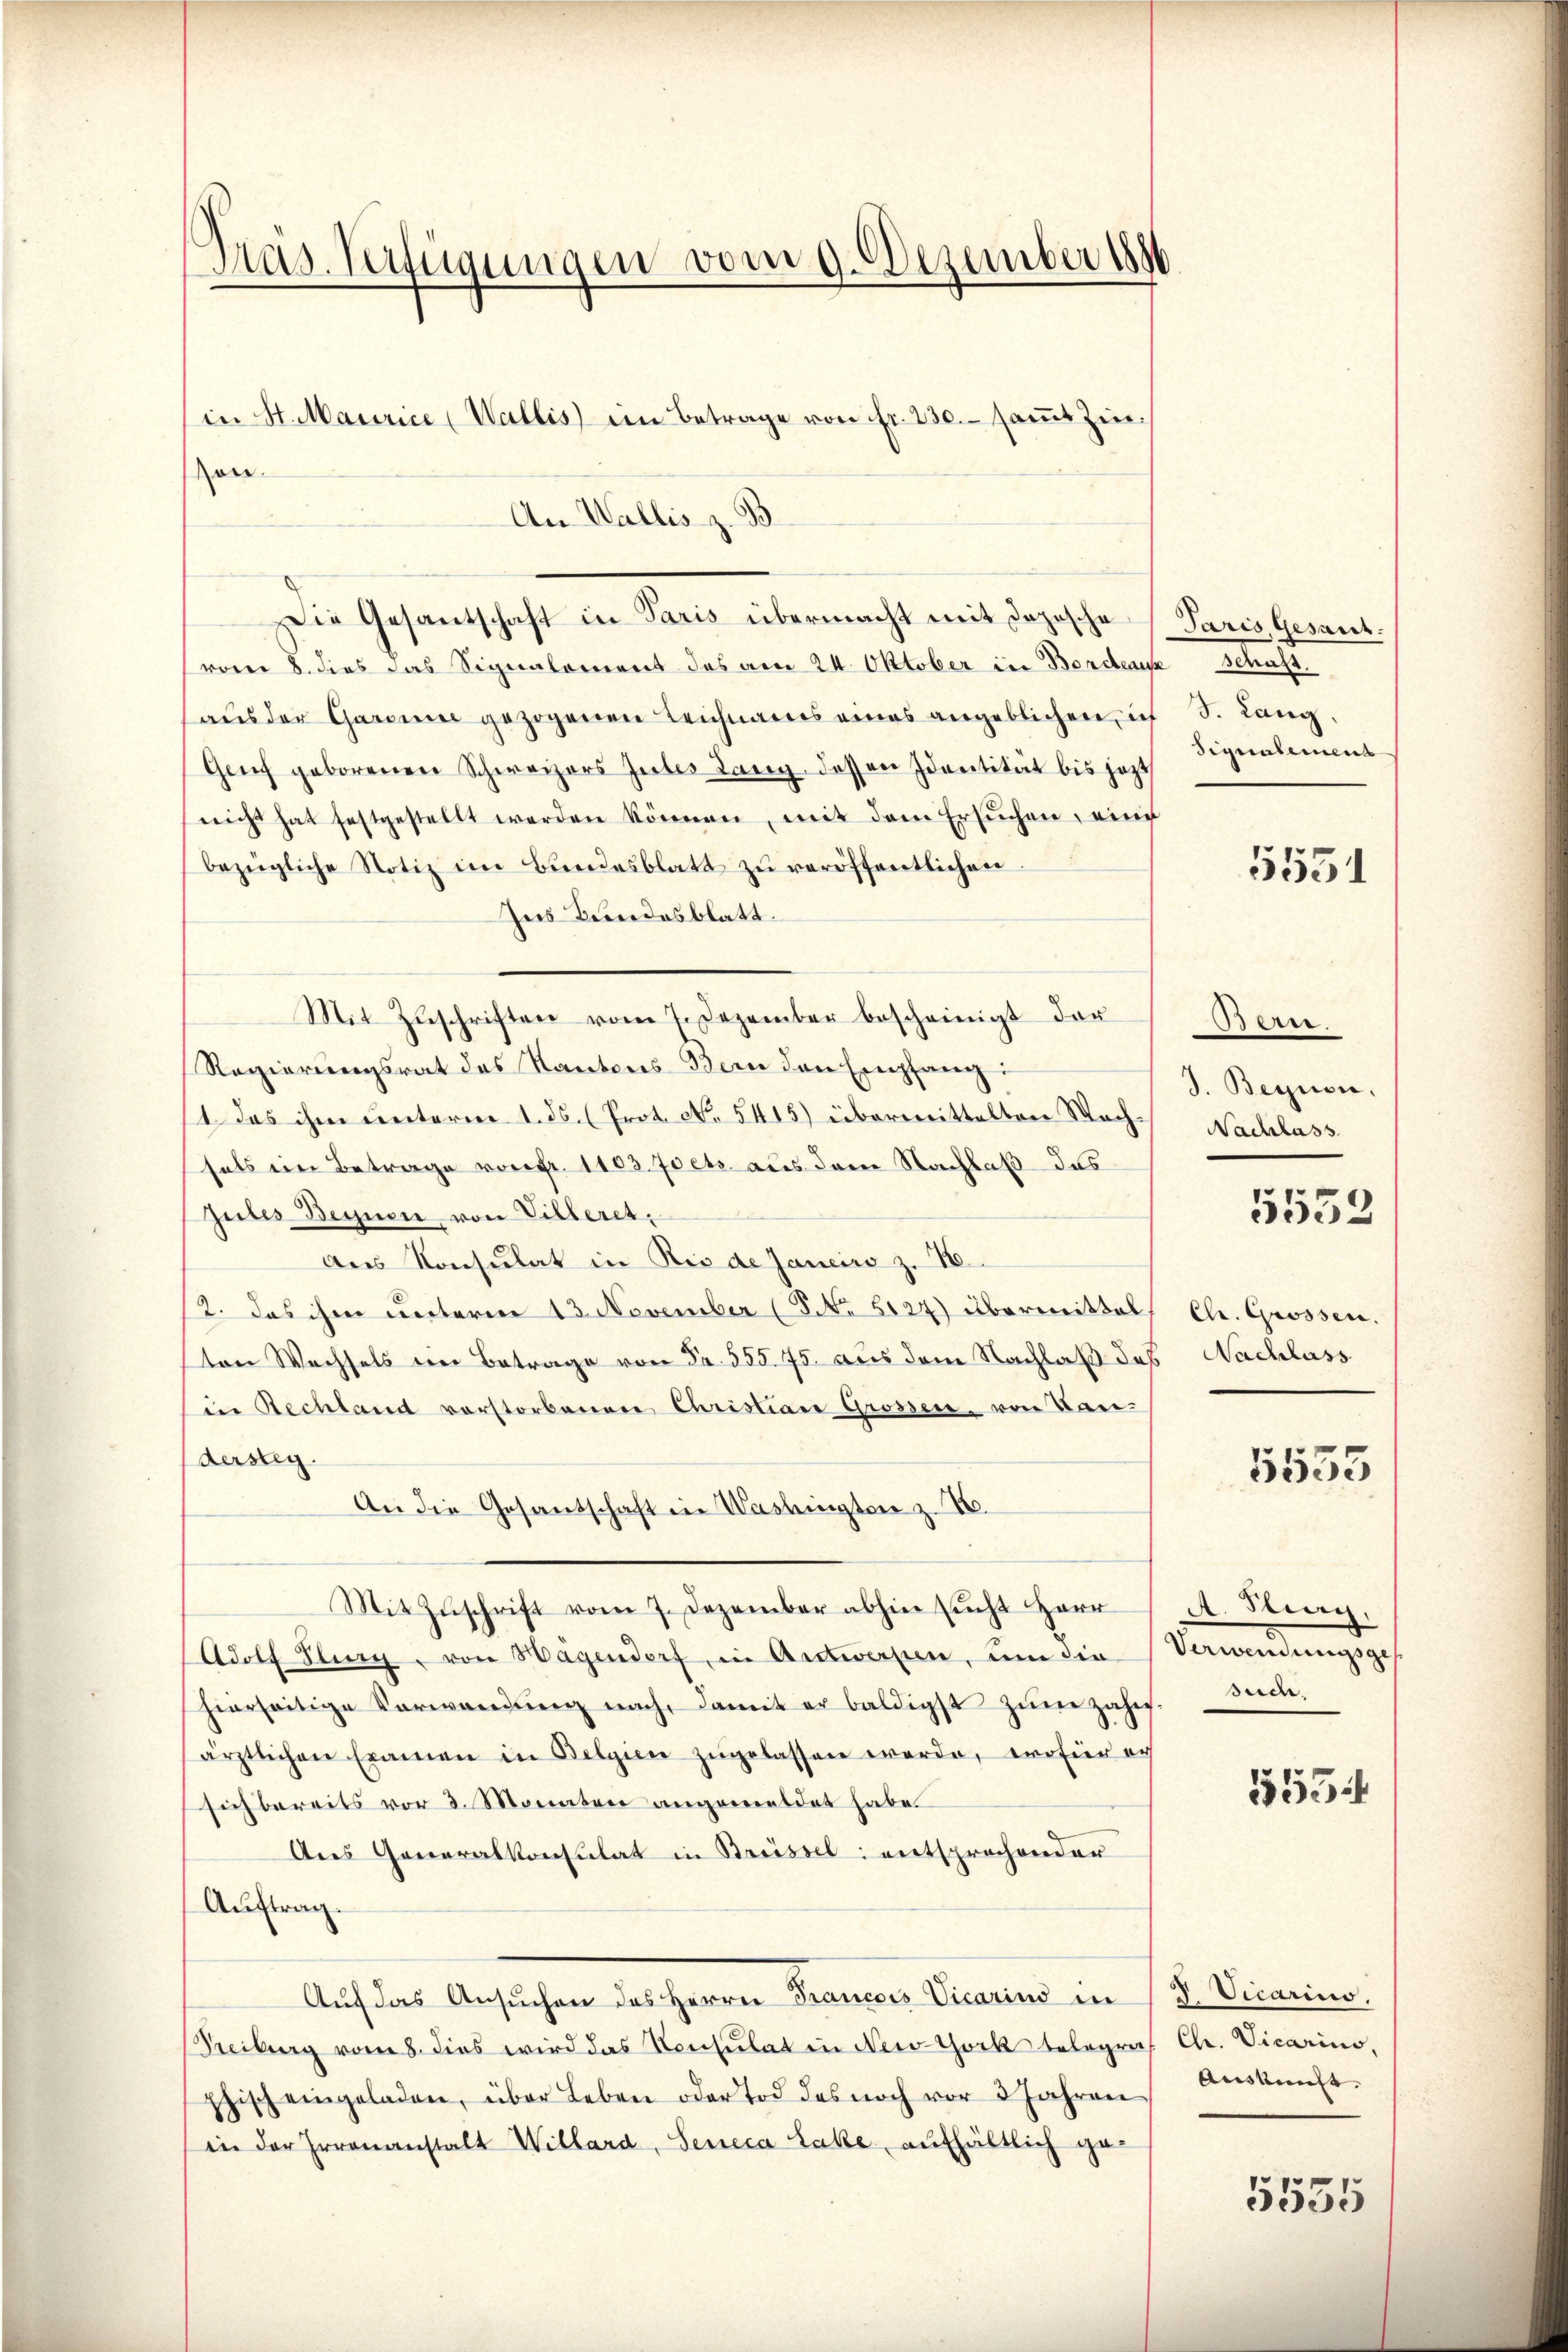
Präs. Verfügungen vom 9. Dezember 1890

(in St. Maurice (Wallis) ein Betrage von fr. 230. saṁt Zin¬
An Wallis z. B.
Die Gesantschaft in Paris übermacht mit Dojesche
(vom 8. dies das Signalement das am 24. Oktober in Borden Schaft.
aŭs der Garan gezogenen Leichnams eines angeblichen, ich S. Lang,
Genf geborenen Schweizers Gutes Lang dessen Identität bis jetzt
nicht hat festgestellt werden können, mit dem Ersuchen, eines
bezügliche Notiz im Bŭndesblatt zŭ veröffentlichen
Ins Bundesblatt.
Mit Zŭschriften vom 7. Dezember bescheinigt der
Regierungsrat des Kantons Bern den Empfang:
11. Das ihm unterm 1. ds. (Prot. No. 5415) übermittelten Wechsals ein Betrage von fr. 1103 Joets aus dem Nachlaß das
Gutes Begnen von Villeret,
Aus Konsulat in Rio de Janeiro z. 18
2. Das ihm unterm 13. November (PNNo 5127) übermittel
ton Wechsels ein Betrage von Fr. 555. 75. aus dem Nachlaß des Nachlass
in Rechland verstorbenen Christian Grossen, von Handersteg.
An die Gesandschaft in Washington z. B.
Mit Zŭschrift vom 7. Dezember abhin sŭcht Herr
Adolf Flury von Hagendorf, in Antwerfen, um die Verwendungsges
hierseitige Vorwandŭng nach, damit er baldigst zŭm Zahes. such,
ärztlichen Examen in Belgien zugelassen werde, wofür au
sich bereits vor 3 Monaten angemeldet habe.
Aus Generalkonsulat in Brüssel entsprochenden
Auftrag.
Aŭf das Ansŭchen des Herrn Francois Vicarius in d. Vicarius.
Treiburg vom 8. dies wird das Konsulat in New-York telegraf Chr. Vicarius,
phisch eingeladen, über Leben oder Tod des noch vor 3 Jahren Aŭskŭnft.
in der Irrenanstalt Willard, Seneca Labe, aufhältlich ga

on

Paris Gesant.
Signalemens

5551

De.
J. Begnen,
Nachlass

5552

Cle. Grossen.

1533

A. Sieg,

555

5535